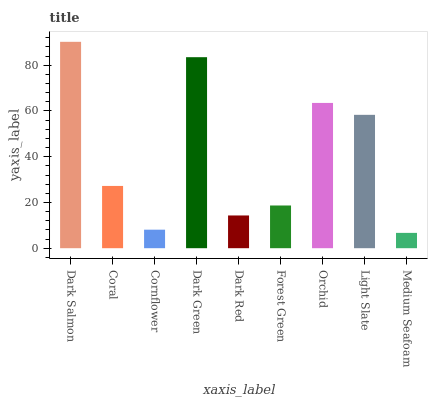
| xaxis_label | bars |
 | --- | --- |
 | Dark Salmon | 90.2 |
 | Coral | 27.2 |
 | Cornflower | 8.1 |
 | Dark Green | 83.5 |
 | Dark Red | 14.3 |
 | Forest Green | 18.7 |
 | Orchid | 63.5 |
 | Light Slate | 58.3 |
 | Medium Seafoam | 6.7 |